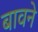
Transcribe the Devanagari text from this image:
बावने